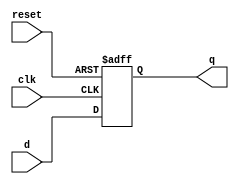
//Listing 4.2
//Chapter 4
//Page 87
//Copyright 2008

module d_ff_reset
    (
     input wire clk, reset,
     input wire d,
     output reg q
    );
    
    // body
    always @(posedge clk, posedge reset)
        if(reset)
            q <= 1'b0;
        else
            q <= d;
            
endmodule    // d_ff_reset